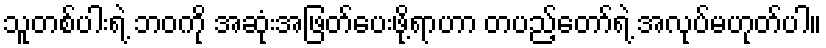
သူတစ်ပါးရဲ့ ဘဝကို အဆုံးအဖြတ်ပေးဖို့ရာဟာ တပည့်တော်ရဲ့ အလုပ်မဟုတ်ပါ။